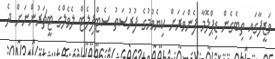
ވަޒީފާގައި ތިބެގެން ޑިޕްލޮމާ ފެންވަރަށް ކިޔެވުމުގެ ފުރުސަތު ސެޓްފިލެޓް ލެވެލްގެ ޓީޗަރުންނަށް ދެ